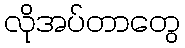
လိုအပ်တာတွေ